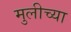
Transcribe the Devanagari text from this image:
मुलीच्‍या